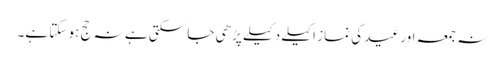
نہ جمعہ اور عید کی نماز اکیلے دکیلے پڑھی جا سکتی ہے نہ حج ہو سکتا ہے۔